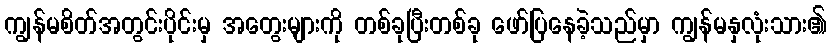
ကျွန်မစိတ်အတွင်းပိုင်းမှ အတွေးများကို တစ်ခုပြီးတစ်ခု ဖော်ပြနေခဲ့သည်မှာ ကျွန်မနှလုံးသား၏